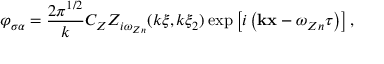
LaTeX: \varphi _ { \sigma \alpha } = \frac { 2 \pi ^ { 1 / 2 } } { k } C _ { Z } Z _ { i \omega _ { Z n } } ( k \xi , k \xi _ { 2 } ) \exp \left[ i \left( { \bf k x } - \omega _ { Z n } \tau \right) \right] ,